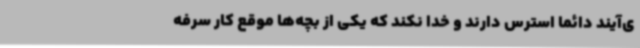
ی‌آیند دائماً استرس دارند و خدا نکند که یکی از بچه‌ها موقع کار سرفه